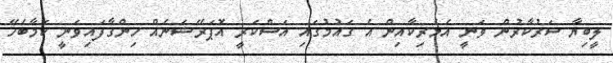
ލީބިޔާ ސަރުކާރުން ވަނީ އެމެރިކާއިން އެ ގައުމުގައި އަސްކަރީ އޮޕަރޭޝަނެއް ހިންގާފައިވަނީ ކަމާބެހޭ